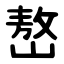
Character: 嶅